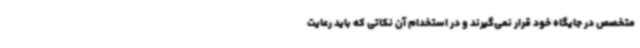
متخصص در جایگاه خود قرار نمی‌گیرند و در استخدام آن نکاتی که باید رعایت